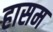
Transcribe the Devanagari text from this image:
हासम